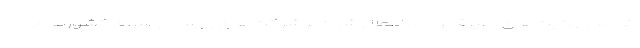
که محدودیت‌های «غیرقانونی» اعمال شده بر شرکت‌های روسی از سوی کشورهای